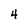
Character: 4